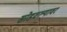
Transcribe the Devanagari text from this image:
सोडवल्यावर